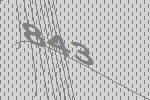
843